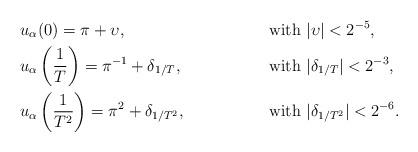
LaTeX: \begin{align*}& u_\alpha(0)=\pi+\upsilon, && \mbox{ with } |\upsilon|<2^{-5}, \\ &u_\alpha\left(\frac{1}{T}\right)=\pi^{-1}+\delta_{1/T}, && \mbox{ with }|\delta_{1/T}|<2^{-3}, \\&u_\alpha\left(\frac{1}{T^2} \right)=\pi^2+\delta_{1/T^2}, && \mbox{ with } |\delta_{1/T^2}|<2^{-6}.\end{align*}